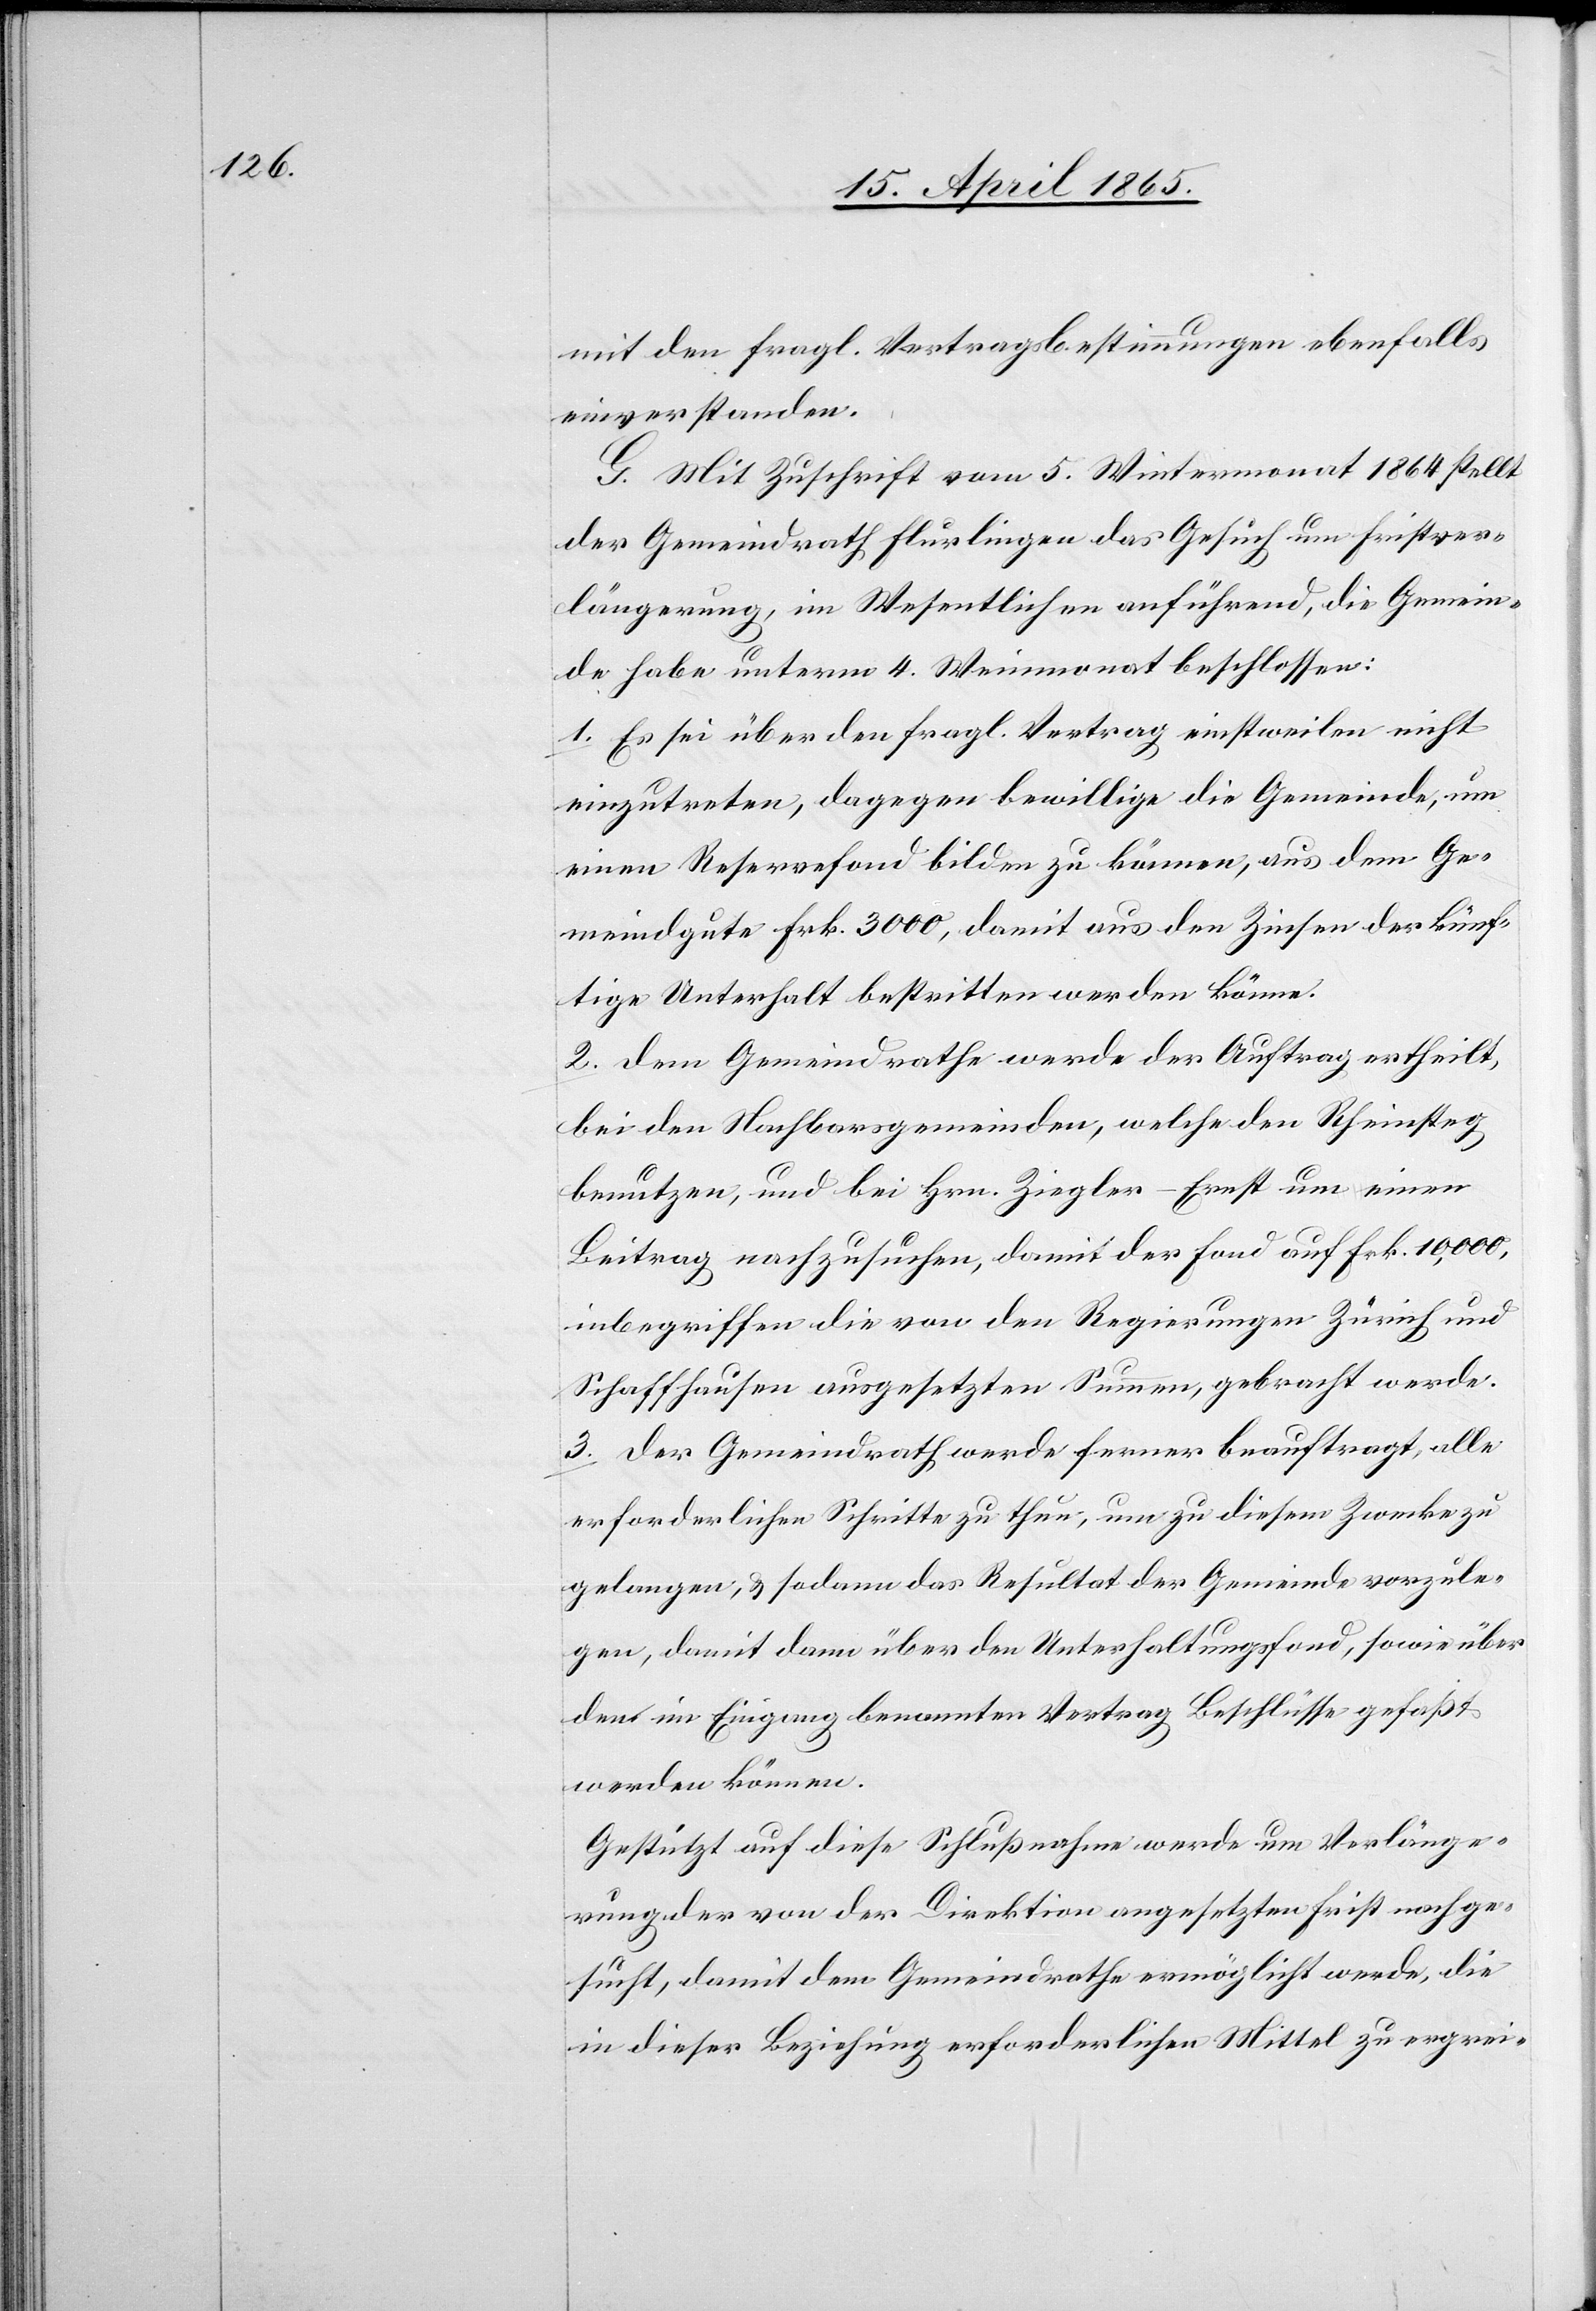
mit den fragl. Vertragsbestimmungen ebenfalls
einverstanden.
G. Mit Zuschrift vom 5. Wintermonat 1864 stellt
der Gemeindrath Flurlingen das Gesuch um Fristver¬
längerung, im Wesentlichen anführend, die Gemein¬
de habe unterm 4. Weinmonat beschlossen:
1. Es sei über den fragl. Vertrag einstweilen nicht
einzutreten, dagegen bewillige die Gemeinde, um
einen Reservefond bilden zu können, aus dem Ge¬
meindgute Frk. 3000, damit aus den Zinsen der künf¬
tige Unterhalt bestritten werden könne.
2. Dem Gemeindrathe werde der Auftrag ertheilt,
bei den Nachbarsgemeinden, welche den Rheinsteg
benutzen, und bei Hrn. Ziegler-Ernst um einen
Beitrag nachzusuchen, damit der Fond auf Frk. 10,000,
inbegriffen die von den Regierungen Zürich und
Schaffhausen ausgesetzten Summen, gebracht werde.
3. Der Gemeindrath werde ferner beauftragt, alle
erforderlichen Schritte zu thun, um zu diesem Zwecke zu
gelangen, & sodann das Resultat der Gemeinde vorzule¬
gen, damit dann über den Unterhaltungsfond, sowie über
den im Eingang benannten Vertrag Beschlüsse gefaßt
werden können.
Gestützt auf diese Schlußnahme werde um Verlänge¬
rung der von der Direktion angesetzten Frist nachge¬
sucht, damit dem Gemeindrathe ermöglicht werde, die
in dieser Beziehung erforderlichen Mittel zu ergrei-